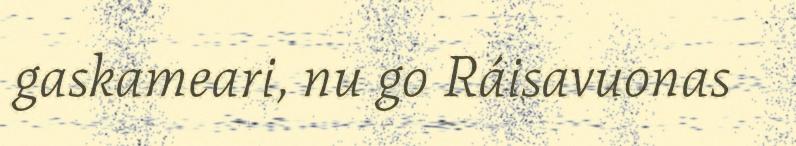
gaskameari, nu go Ráisavuonas